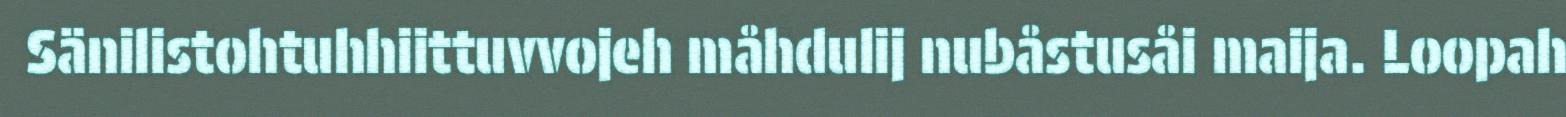
Sänilistohtuhhiittuvvojeh måhdulij nubåstusåi maija. Loopah